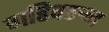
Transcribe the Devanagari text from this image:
गहिवरुन